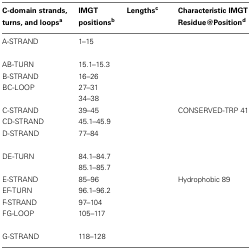
<table><thead><tr><td><b>C-domain strands, turns, and loops<sup>a</sup></b></td><td><b>IMGT positions<sup>b</sup></b></td><td><b>Lengths<sup>c</sup></b></td><td><b>Characteristic IMGT Residue@Position<sup>d</sup></b></td></tr></thead><tbody><tr><td>A-STRAND</td><td>1–15</td><td>[EMPTY_CELL]</td><td>[EMPTY_CELL]</td></tr><tr><td>AB-TURN</td><td>15.1–15.3</td><td>[EMPTY_CELL]</td><td>[EMPTY_CELL]</td></tr><tr><td>B-STRAND</td><td>16–26</td><td>[EMPTY_CELL]</td><td>[EMPTY_CELL]</td></tr><tr><td>BC-LOOP</td><td>27–31</td><td>[EMPTY_CELL]</td><td>[EMPTY_CELL]</td></tr><tr><td>[EMPTY_CELL]</td><td>34–38</td><td>[EMPTY_CELL]</td></tr><tr><td>C-STRAND</td><td>39–45</td><td>[EMPTY_CELL]</td><td>CONSERVED-TRP 41</td></tr><tr><td>CD-STRAND</td><td>45.1–45.9</td><td>[EMPTY_CELL]</td><td>[EMPTY_CELL]</td></tr><tr><td>D-STRAND</td><td>77–84</td><td>[EMPTY_CELL]</td><td>[EMPTY_CELL]</td></tr><tr><td>DE-TURN</td><td>84.1–84.7</td><td>[EMPTY_CELL]</td><td>[EMPTY_CELL]</td></tr><tr><td>[EMPTY_CELL]</td><td>85.1–85.7</td><td>[EMPTY_CELL]</td></tr><tr><td>E-STRAND</td><td>85–96</td><td>[EMPTY_CELL]</td><td>Hydrophobic 89</td></tr><tr><td>EF-TURN</td><td>96.1–96.2</td><td>[EMPTY_CELL]</td><td>[EMPTY_CELL]</td></tr><tr><td>F-STRAND</td><td>97–104</td><td>[EMPTY_CELL]</td><td>[EMPTY_CELL]</td></tr><tr><td>FG-LOOP</td><td>105–117</td><td>[EMPTY_CELL]</td><td>[EMPTY_CELL]</td></tr><tr><td>G-STRAND</td><td>118–128</td><td>[EMPTY_CELL]</td><td>[EMPTY_CELL]</td></tr></tbody></table>